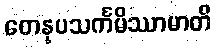
တေနုပသင်္ကမိဿာမာတိ